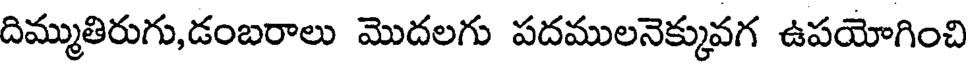
దిమ్ముతిరుగు,డంబరాలు మొదలగు పదములనెక్కువగ ఉపయోగించి